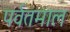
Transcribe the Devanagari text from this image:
पर्वतमाल